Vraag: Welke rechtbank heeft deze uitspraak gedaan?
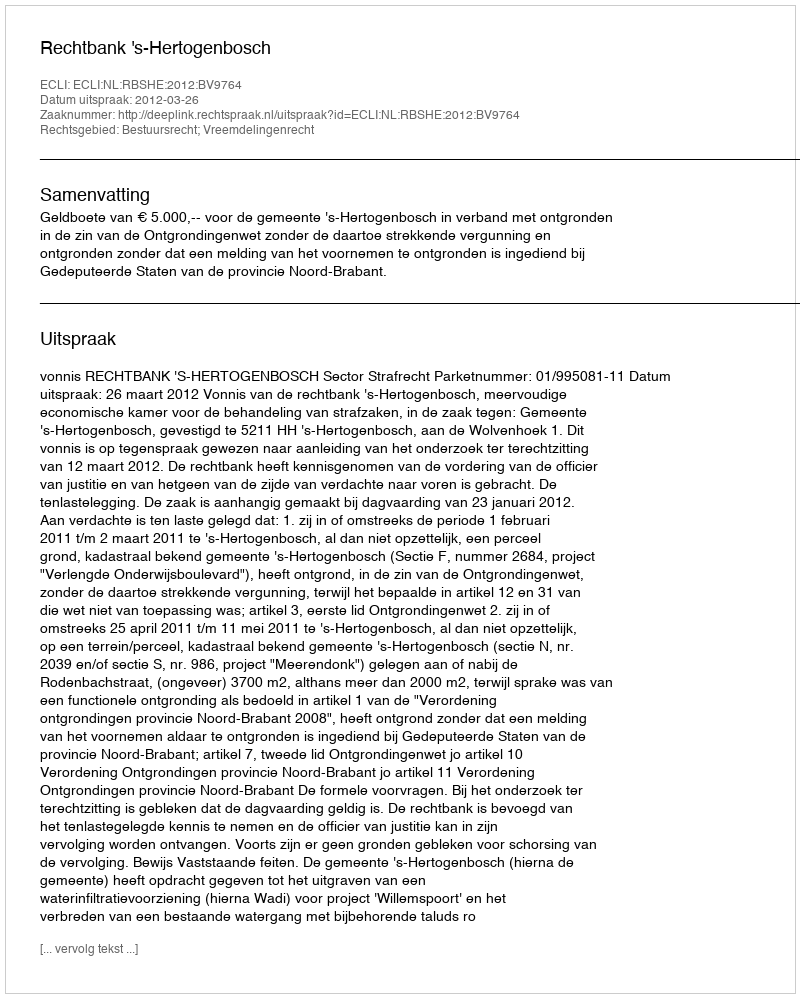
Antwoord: Rechtbank 's-Hertogenbosch